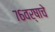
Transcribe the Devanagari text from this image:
७६वर्षाचे